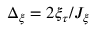
\Delta _ { \xi } = { 2 \xi _ { \tau } } / J _ { \xi }